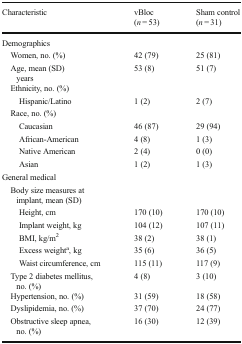
| Characteristic | vBloc (n = 53) | Sham control (n = 31) |
 | --- | --- | --- |
 | <COLSPAN=3> Demographics |
 | Women, no. (%) | 42 (79) | 25 (81) |
 | Age, mean (SD) years | 53 (8) | 51 (7) |
 | <COLSPAN=3> Ethnicity, no. (%) |
 | Hispanic/Latino | 1 (2) | 2 (7) |
 | <COLSPAN=3> Race, no. (%) |
 | Caucasian | 46 (87) | 29 (94) |
 | African-American | 4 (8) | 1 (3) |
 | Native American | 2 (4) | 0 (0) |
 | Asian | 1 (2) | 1 (3) |
 | <COLSPAN=3> General medical |
 | <COLSPAN=3> Body size measures at implant, mean (SD) |
 | Height, cm | 170 (10) | 170 (10) |
 | Implant weight, kg | 104 (12) | 107 (11) |
 | BMI, kg/m2 | 38 (2) | 38 (1) |
 | Excess weighta, kg | 35 (6) | 36 (5) |
 | Waist circumference, cm | 115 (11) | 117 (9) |
 | Type 2 diabetes mellitus, no. (%) | 4 (8) | 3 (10) |
 | Hypertension, no. (%) | 31 (59) | 18 (58) |
 | Dyslipidemia, no. (%) | 37 (70) | 24 (77) |
 | Obstructive sleep apnea, no. (%) | 16 (30) | 12 (39) |